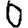
Digit: 0